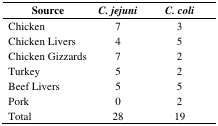
<table><thead><tr><td><b>Source</b></td><td><b><i>C. jejuni</i></b></td><td><b><i>C. coli</i></b></td></tr></thead><tbody><tr><td>Chicken</td><td>7</td><td>3</td></tr><tr><td>Chicken Livers</td><td>4</td><td>5</td></tr><tr><td>Chicken Gizzards</td><td>7</td><td>2</td></tr><tr><td>Turkey</td><td>5</td><td>2</td></tr><tr><td>Beef Livers</td><td>5</td><td>5</td></tr><tr><td>Pork</td><td>0</td><td>2</td></tr><tr><td>Total</td><td>28</td><td>19</td></tr></tbody></table>